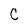
Character: C